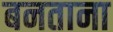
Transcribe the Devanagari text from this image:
बनताना